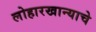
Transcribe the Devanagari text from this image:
लोहारखान्याचे